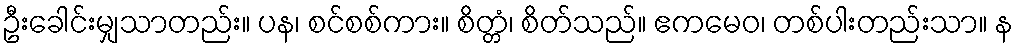
ဦးခေါင်းမျှသာတည်း။ ပန၊ စင်စစ်ကား။ စိတ္တံ၊ စိတ်သည်။ ဧကမေဝ၊ တစ်ပါးတည်းသာ။ န